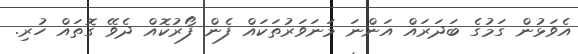
އެވަޅުން ގަމުގެ ބަދަރައް އަންނަ މަނަވަރުތަކައް ފެން ފޯރުކޮއް ދެވޭ ގޮތައް ހުރި.